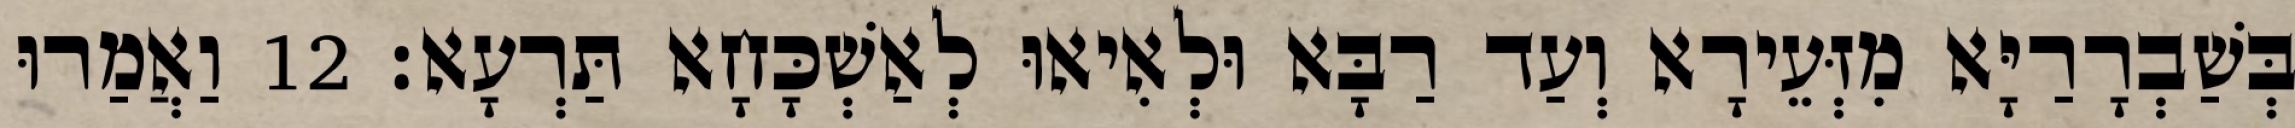
בְּשַׁבְרָרַיָּא מִזְּעֵירָא וְעַד רַבָּא וּלְאִיאוּ לְאַשְׁכָּחָא תַּרְעָא׃ 12 וַאֲמַרוּ